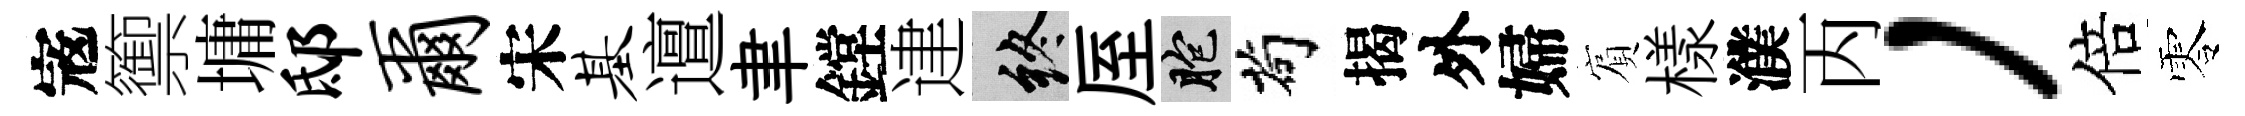
𡨥籞墉邸尔宋基邅聿鏜䢖終厔胞茍揭外婦賔樣濮丙，倍零